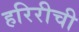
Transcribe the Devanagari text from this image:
हरिरीची